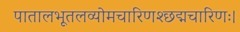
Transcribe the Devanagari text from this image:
पातालभूतलव्योमचारिणश्छद्मचारिणः।